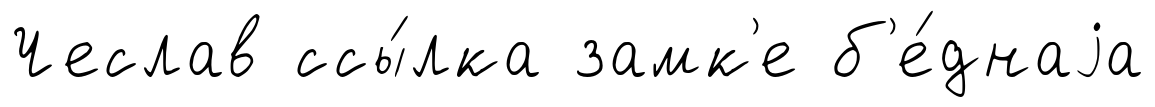
Чеслав ссы́лка замк'е б'е́днаjа